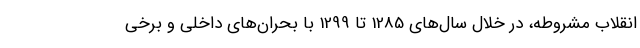
انقلاب مشروطه، در خلال سال‌های 1285 تا 1299 با بحران‌های داخلی و برخی